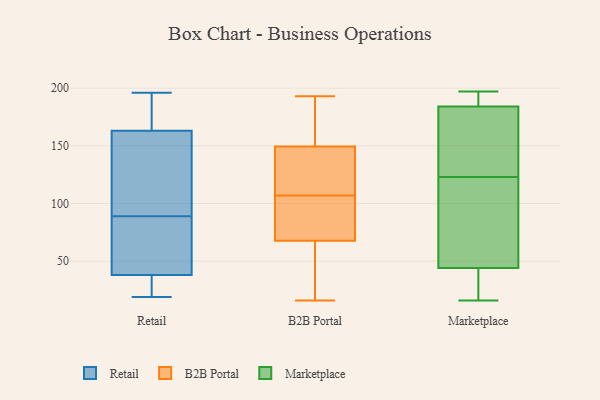
{"axis": {"x": "Population (Million)", "y": "Value"}, "legend": ["B2B Portal", "Marketplace", "Retail"], "data": [{"x": "", "y": 58, "type": "Retail"}, {"x": "", "y": 161, "type": "Retail"}, {"x": "", "y": 39, "type": "Retail"}, {"x": "", "y": 89, "type": "Retail"}, {"x": "", "y": 169, "type": "Retail"}, {"x": "", "y": 116, "type": "Retail"}, {"x": "", "y": 19, "type": "Retail"}, {"x": "", "y": 35, "type": "Retail"}, {"x": "", "y": 35, "type": "Retail"}, {"x": "", "y": 120, "type": "Retail"}, {"x": "", "y": 196, "type": "Retail"}, {"x": "", "y": 193, "type": "Retail"}, {"x": "", "y": 58, "type": "Retail"}, {"x": "", "y": 148, "type": "B2B Portal"}, {"x": "", "y": 193, "type": "B2B Portal"}, {"x": "", "y": 92, "type": "B2B Portal"}, {"x": "", "y": 154, "type": "B2B Portal"}, {"x": "", "y": 70, "type": "B2B Portal"}, {"x": "", "y": 109, "type": "B2B Portal"}, {"x": "", "y": 135, "type": "B2B Portal"}, {"x": "", "y": 61, "type": "B2B Portal"}, {"x": "", "y": 83, "type": "B2B Portal"}, {"x": "", "y": 16, "type": "B2B Portal"}, {"x": "", "y": 160, "type": "B2B Portal"}, {"x": "", "y": 107, "type": "B2B Portal"}, {"x": "", "y": 35, "type": "B2B Portal"}, {"x": "", "y": 42, "type": "Marketplace"}, {"x": "", "y": 115, "type": "Marketplace"}, {"x": "", "y": 197, "type": "Marketplace"}, {"x": "", "y": 126, "type": "Marketplace"}, {"x": "", "y": 44, "type": "Marketplace"}, {"x": "", "y": 130, "type": "Marketplace"}, {"x": "", "y": 37, "type": "Marketplace"}, {"x": "", "y": 169, "type": "Marketplace"}, {"x": "", "y": 186, "type": "Marketplace"}, {"x": "", "y": 188, "type": "Marketplace"}, {"x": "", "y": 171, "type": "Marketplace"}, {"x": "", "y": 83, "type": "Marketplace"}, {"x": "", "y": 71, "type": "Marketplace"}, {"x": "", "y": 16, "type": "Marketplace"}, {"x": "", "y": 120, "type": "Marketplace"}, {"x": "", "y": 191, "type": "Marketplace"}, {"x": "", "y": 184, "type": "Marketplace"}, {"x": "", "y": 32, "type": "Marketplace"}]}